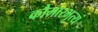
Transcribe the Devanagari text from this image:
कौमारभृत्‍य